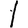
Digit: 1